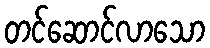
တင်ဆောင်လာသော